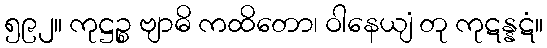
၅၉၂။ ကုဋ္ဌဉ္စ ဗျာဓိ ကထိတော၊ ဝါနေယျံ တု ကုဋန္နဋံ။